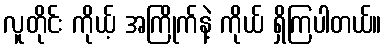
လူတိုင်း ကိုယ့် အကြိုက်နဲ့ ကိုယ် ရှိကြပါတယ်။